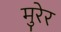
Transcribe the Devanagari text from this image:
मुरेर